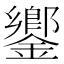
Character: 𨬽